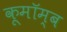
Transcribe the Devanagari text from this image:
कूमॉम्ब